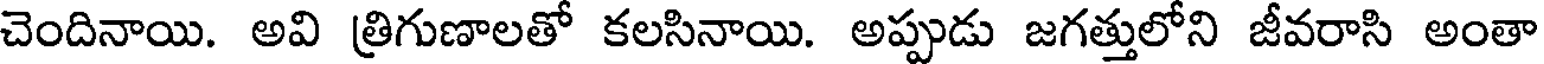
చెందినాయి. అవి త్రిగుణాలతో కలసినాయి. అప్పుడు జగత్తులోని జీవరాసి అంతా